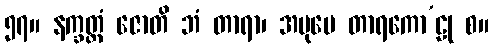
၅၇။ နက္ခတ္တံ ဇောတိ ဘံ တာရာ၊ အပုမေ တာရကော’ဠု စ။